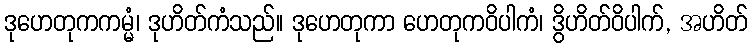
ဒုဟေတုကကမ္မံ၊ ဒုဟိတ်ကံသည်။ ဒုဟေတုကာ ဟေတုကဝိပါကံ၊ ဒွိဟိတ်ဝိပါက်, အဟိတ်